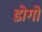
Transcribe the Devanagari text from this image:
डोगों